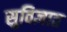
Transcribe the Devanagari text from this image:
सुविज्ञात